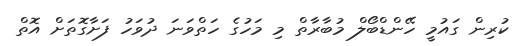
ކުރިން ގައުމީ ހޭންޑްބޯލް މުބާރާތް މި މަހުގެ ހަތްވަނަ ދުވަހު ފަށާގޮތަށް އޮތް